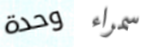
وحدة سمراء